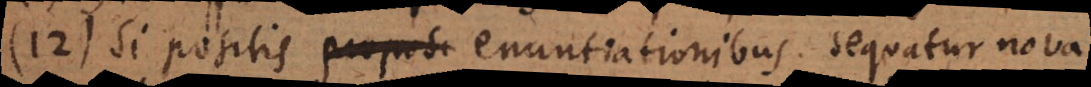
12) Si positis proposi enuntiationibus sequatur nova